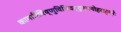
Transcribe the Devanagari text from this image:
कामारिविष्णुविधिवन्द्यमनोहराङ्घ्रेः